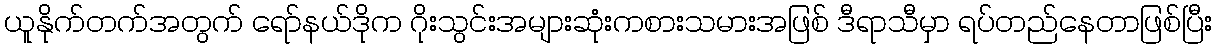
ယူနိုက်တက်အတွက် ရော်နယ်ဒိုက ဂိုးသွင်းအများဆုံးကစားသမားအဖြစ် ဒီရာသီမှာ ရပ်တည်နေတာဖြစ်ပြီး